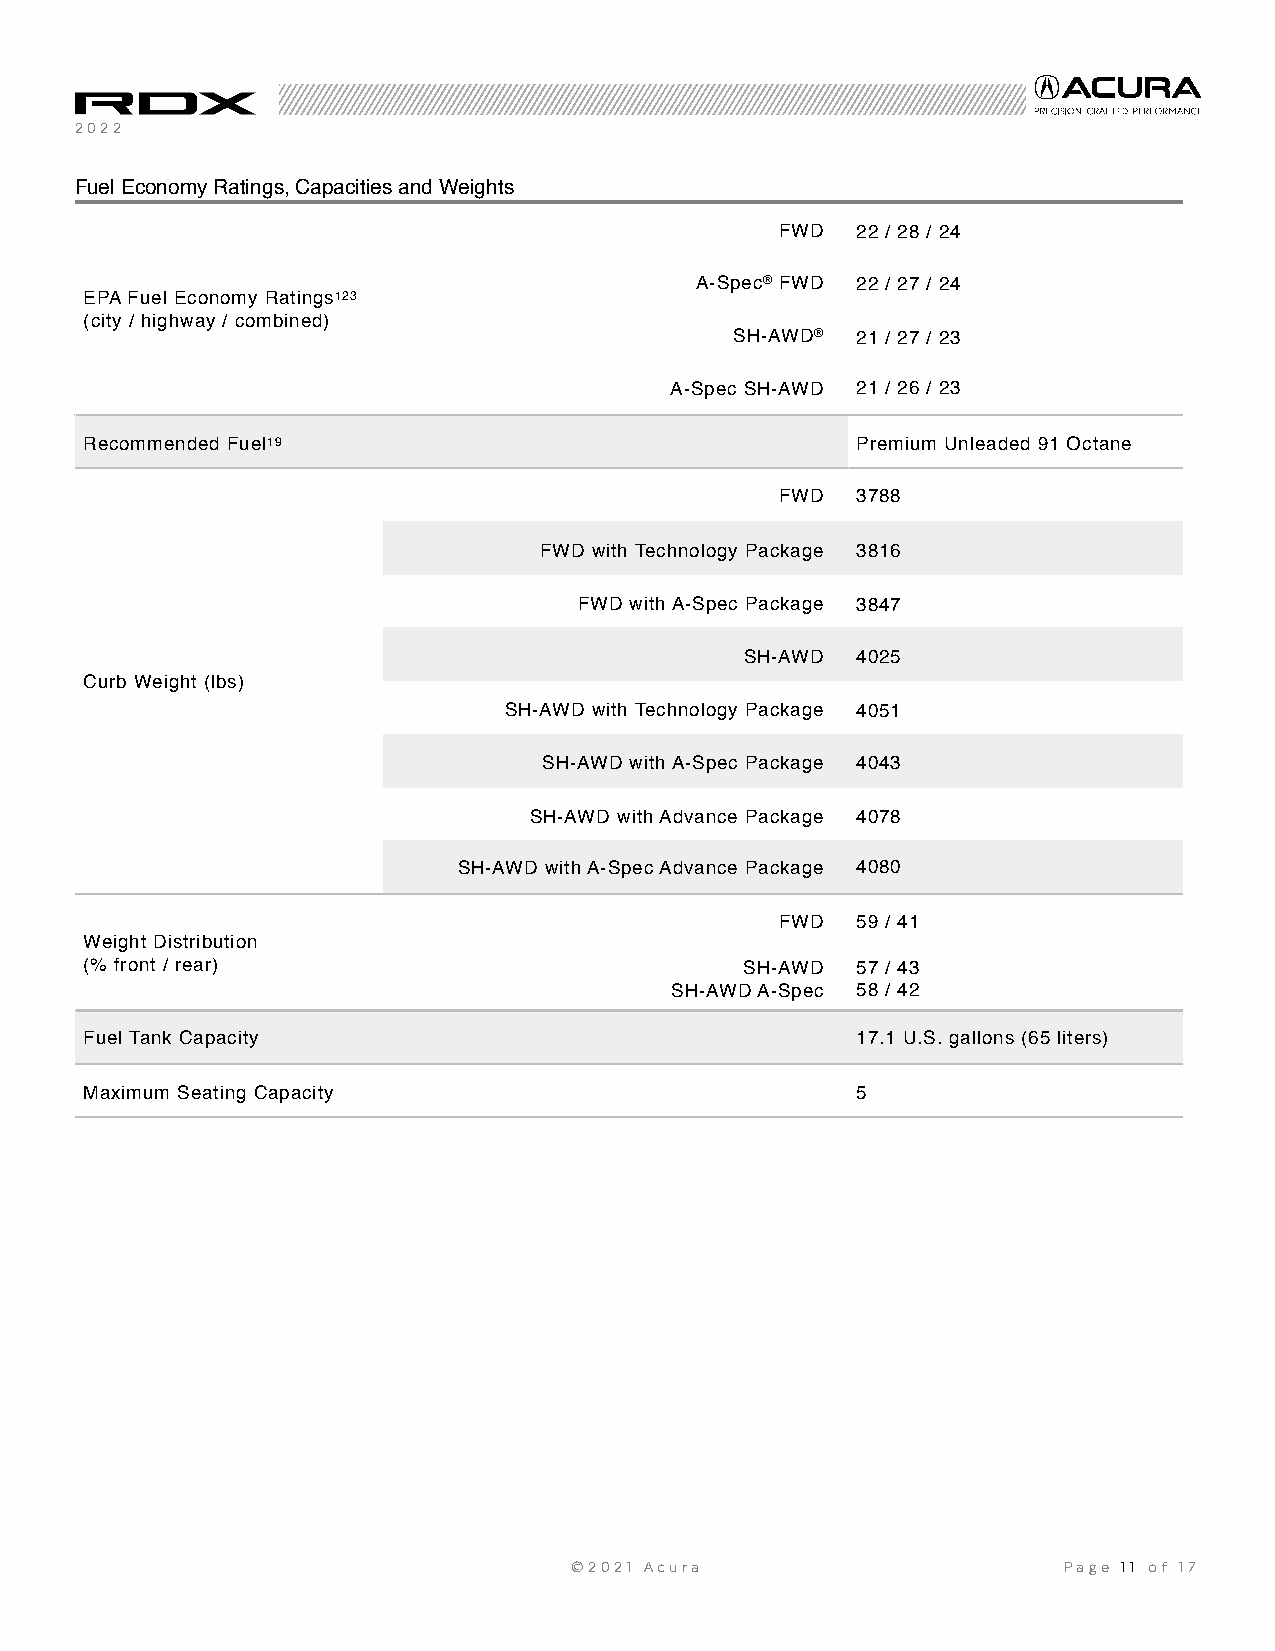
2022
 Fuel Economy Ratings, Capacities and Weights
 FWD  22 / 28 / 24
 A-Spec® FWD 22 / 27 / 24
 EPA Fuel Economy Ratings123
 (city / highway / combined)
 SH-AWD® 21 / 27 / 23
 A-Spec SH-AWD 21 / 26 / 23
 Recommended Fuel19                                 Premium Unleaded 91 Octane
 FWD  3788
 FWD with Technology Package 3816
 FWD with A-Spec Package 3847
 SH-AWD  4025
 Curb Weight (lbs)
 SH-AWD with Technology Package 4051
 SH-AWD with A-Spec Package 4043
 SH-AWD with Advance Package 4078
 SH-AWD with A-Spec Advance Package 4080
 FWD  59 / 41
 Weight Distribution
 (% front / rear)                           SH-AWD  57 / 43
 SH-AWD A-Spec 58 / 42
 Fuel Tank Capacity                                 17.1 U.S. gallons (65 liters)
 Maximum Seating Capacity                           5
 ©2021 Acura                     Page 1 1 of 17